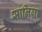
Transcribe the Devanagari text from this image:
सालिगा